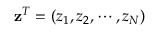
\mathbf { z } ^ { T } = ( z _ { 1 } , z _ { 2 } , \cdots , z _ { N } )